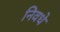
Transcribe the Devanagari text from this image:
निवधे